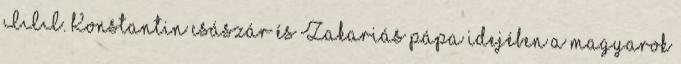
III. Konstantin császár és Zakariás pápa idejében a magyarok